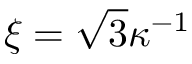
\xi = \sqrt { 3 } \kappa ^ { - 1 }